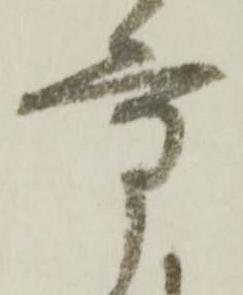
方